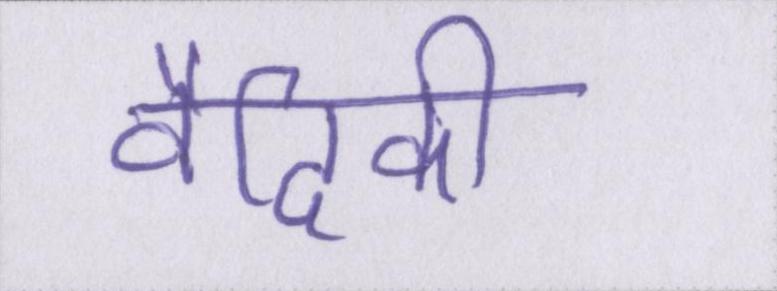
वैदिकी